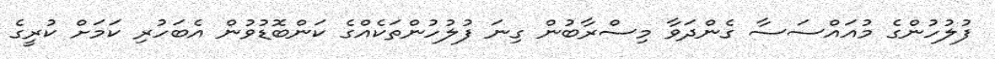
ފުލުހުންގެ މުއައްސަސާ ގެންދަވާ މިސްރާބުން ގިނަ ފުލުހުންތަކެއްގެ ކަންބޮޑުވުން އެބަހުރި ކަމަށް ކުރީގެ